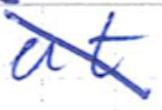
Text: at
Cross-out: diagonal
Writing tool: ballpoint